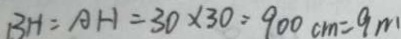
B H = A H = 3 0 \times 3 0 = 9 0 0 c m = 9 m